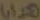
هدايا